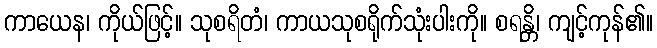
ကာယေန၊ ကိုယ်ဖြင့်။ သုစရိတံ၊ ကာယသုစရိုက်သုံးပါးကို။ စရန္တိ၊ ကျင့်ကုန်၏။